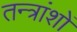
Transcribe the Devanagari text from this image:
तन्त्रांशों